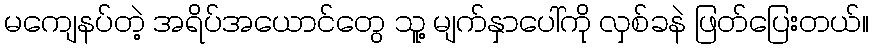
မကျေနပ်တဲ့ အရိပ်အယောင်တွေ သူ့ မျက်နှာပေါ်ကို လှစ်ခနဲ ဖြတ်ပြေးတယ်။